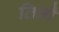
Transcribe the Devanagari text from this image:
तिनौ